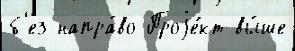
б'ез напра́во Проjе́кт вы́ше